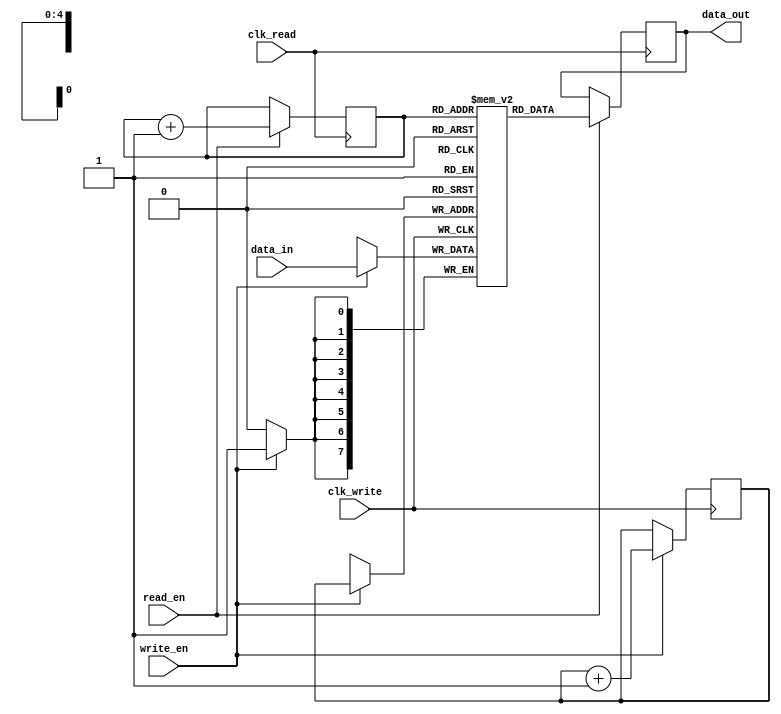
module FIFO_buffer (
    input wire clk_write,   // write clock
    input wire write_en,    // write enable signal
    input wire [7:0] data_in,  // input data
    input wire clk_read,    // read clock
    input wire read_en,     // read enable signal
    output reg [7:0] data_out  // output data
);

reg [7:0] mem [0:31];  // memory array for data storage
reg [4:0] write_ptr = 0;  // write pointer
reg [4:0] read_ptr = 0;   // read pointer

always @(posedge clk_write) begin
    if (write_en) begin
        mem[write_ptr] <= data_in;
        write_ptr <= write_ptr + 1;
    end
end

always @(posedge clk_read) begin
    if (read_en) begin
        data_out <= mem[read_ptr];
        read_ptr <= read_ptr + 1;
    end
end

endmodule